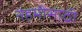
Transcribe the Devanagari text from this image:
नेहमीसाठी